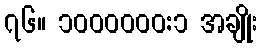
၇၆။ ၁၀၀၀၀၀၀:၁ အချိုး